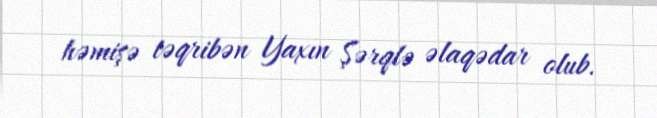
həmişə təqribən Yaxın Şərqlə əlaqədar olub.